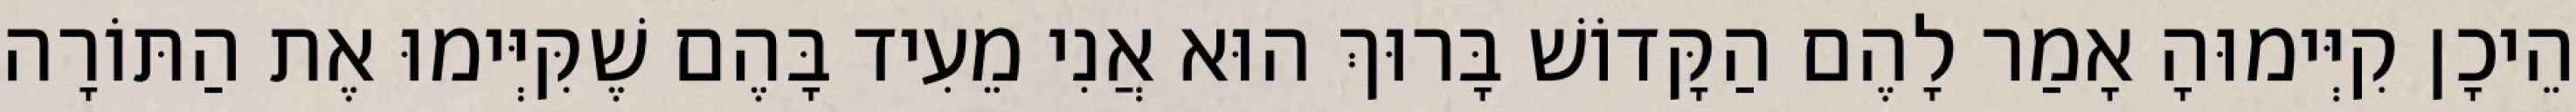
הֵיכָן קִיְּימוּהָ אָמַר לָהֶם הַקָּדוֹשׁ בָּרוּךְ הוּא אֲנִי מֵעִיד בָּהֶם שֶׁקִּיְּימוּ אֶת הַתּוֹרָה